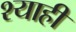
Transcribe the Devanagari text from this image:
श्याही